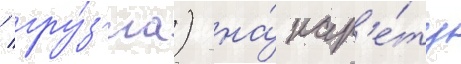
/ гру́з'иа) на́ кар'е́ту